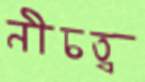
নীচত্ব